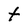
Character: t